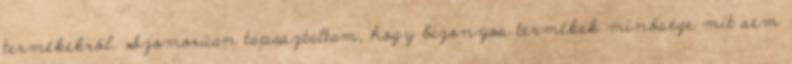
termékekről. Szomorúan tapasztaltam, hogy bizonyos termékek minősége mit sem